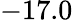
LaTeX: -17.0